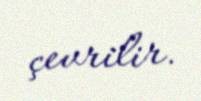
çevrilir.